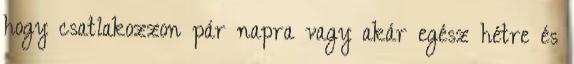
hogy csatlakozzon pár napra vagy akár egész hétre és